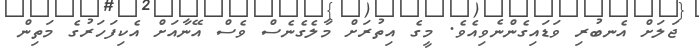
ޖަލަށް އެނބުރި ވަޑައިގެންނެވިއެވެ. މީގެ އިތުރަށް މާލެގެނެސް ވެސް އޭނާއަށް އެކިފަހަރުގެ މަތިން